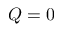
Q = 0